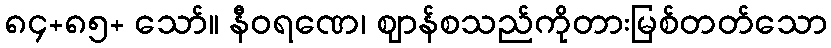
၈၄+၈၅+ သော်။ နီဝရဏေ၊ ဈာန်စသည်ကိုတားမြစ်တတ်သော